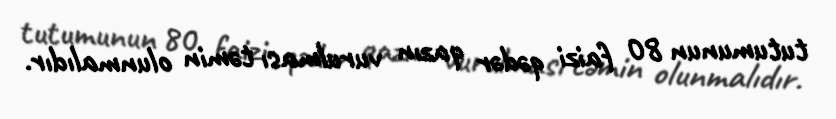
tutumunun 80 faizi qədər qazın vurulması təmin olunmalıdır.